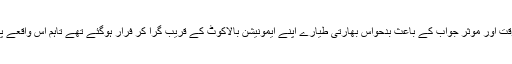
یاد رہے کہ 26 فروری کو بھارتی طیاروں نے دراندازی کی کوشش تھی لیکن پاک فضائیہ کے بروقت اور مؤثر جواب کے باعث بدحواس بھارتی طیارے اپنے ایمونیشن بالاکوٹ کے قریب گرا کر فرار ہوگئے تھے تاہم اس واقعے پر بھارت نے دہشت گردوں کو مارنے کا جھوٹا دعویٰ کیا تھا جس کا ثبوت آج تک نہیں پیش کرسکا۔